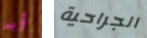
أريد الجراحية